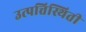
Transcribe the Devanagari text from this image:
उत्पत्तिस्थिती